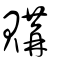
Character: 購